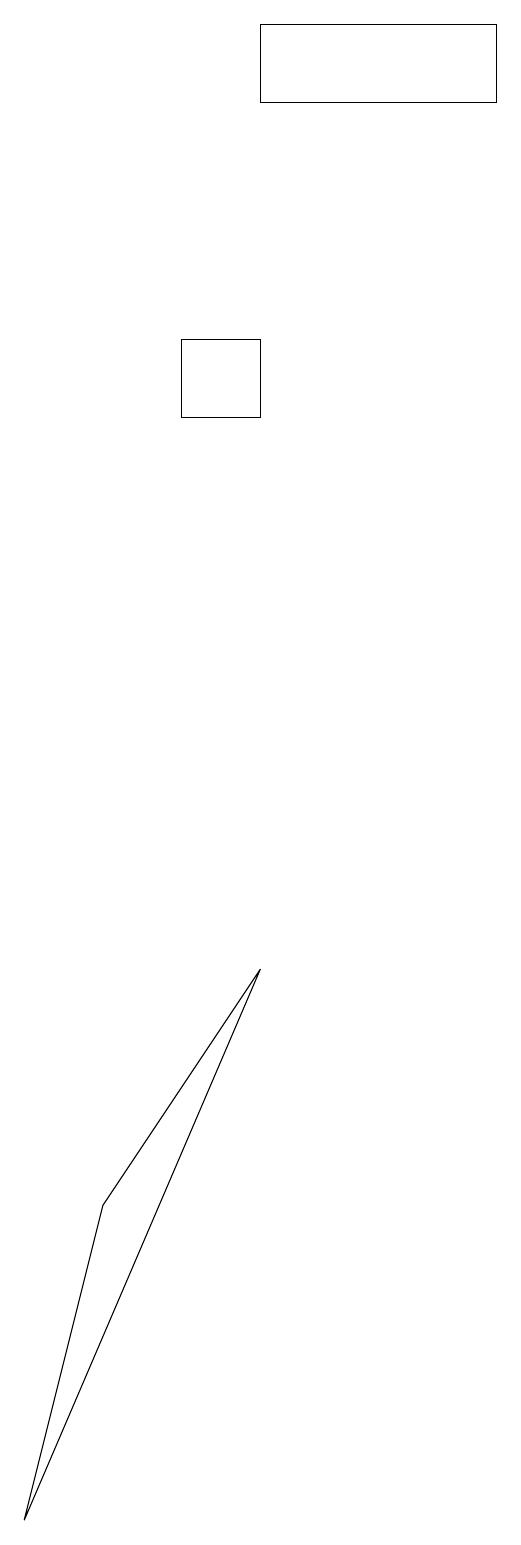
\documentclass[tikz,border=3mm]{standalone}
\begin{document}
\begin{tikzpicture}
\draw (9,18) rectangle (6,19);
\draw (6,15) rectangle (5,14);
\draw (4,4) -- (3,0) -- (6,7) -- cycle;
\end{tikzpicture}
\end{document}